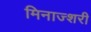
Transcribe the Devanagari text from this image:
मिनाज्शरी